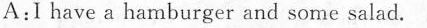
A:I have a hamburger and some salad.